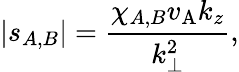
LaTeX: |s_{A,B}|=\frac{\chi_{A,B}v_{\mathrm{A}}k_{z}}{k_{\perp}^{2}},